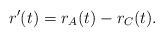
LaTeX: \begin{align*}r'(t)=r_{A}(t)-r_{C}(t).\end{align*}